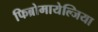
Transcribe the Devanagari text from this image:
फिब्रोमायेल्जिया